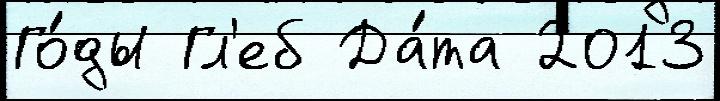
Го́ды Гл'еб Да́та 2013